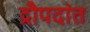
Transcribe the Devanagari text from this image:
द्रौपदांत